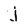
Character: j